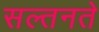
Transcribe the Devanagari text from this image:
सल्तनते